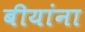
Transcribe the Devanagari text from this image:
बीयांना